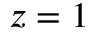
z = 1